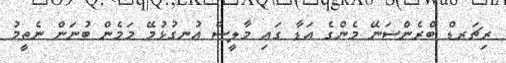
ރިޗަރޑް ބްރެންސަނޭ މެންގެ އަޑާ ގައި މާލީސް އުނގުޅުމޭ މަމެން ބުނަން ނެތީމު